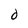
Character: 0